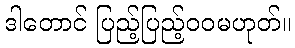
ဒါတောင် ပြည့်ပြည့်ဝဝမဟုတ်။